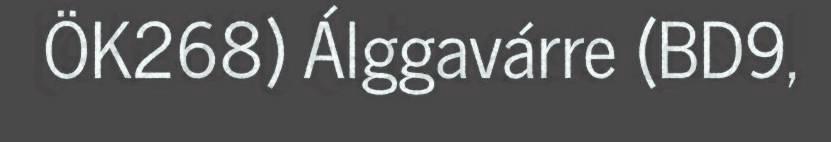
ÖK268) Álggavárre (BD9,